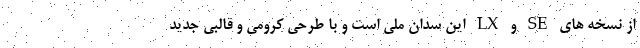
از نسخه های SE و LX این سدان ملی است و با طرحی کرومی و قالبی جدید